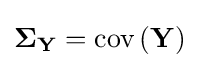
\mathbf {\Sigma _{Y}} =\mathrm {cov} \left(\mathbf {Y} \right)